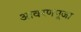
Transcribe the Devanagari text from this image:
आवरणपूजा